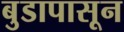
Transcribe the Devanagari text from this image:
बुडापासून